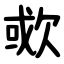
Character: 㰲